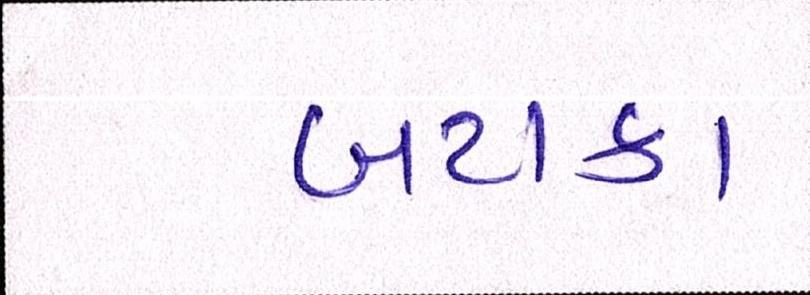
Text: બટાકા